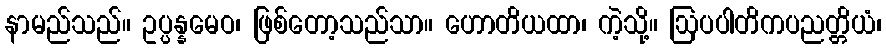
နာမည်သည်။ ဥပ္ပန္နမေဝ၊ ဖြစ်တော့သည်သာ။ ဟောတိယထာ၊ ကဲ့သို့။ ဩပပါတိကပညတ္တိယံ၊